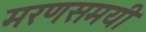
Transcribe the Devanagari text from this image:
मरणसमयी